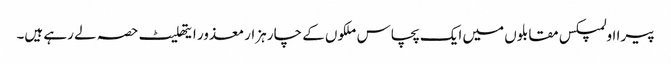
پیرا اولمپکس مقابلوں میں ایک پچاس ملکوں کے چار ہزار معذور ایتھلیٹ حصہ لے رہے ہیں۔